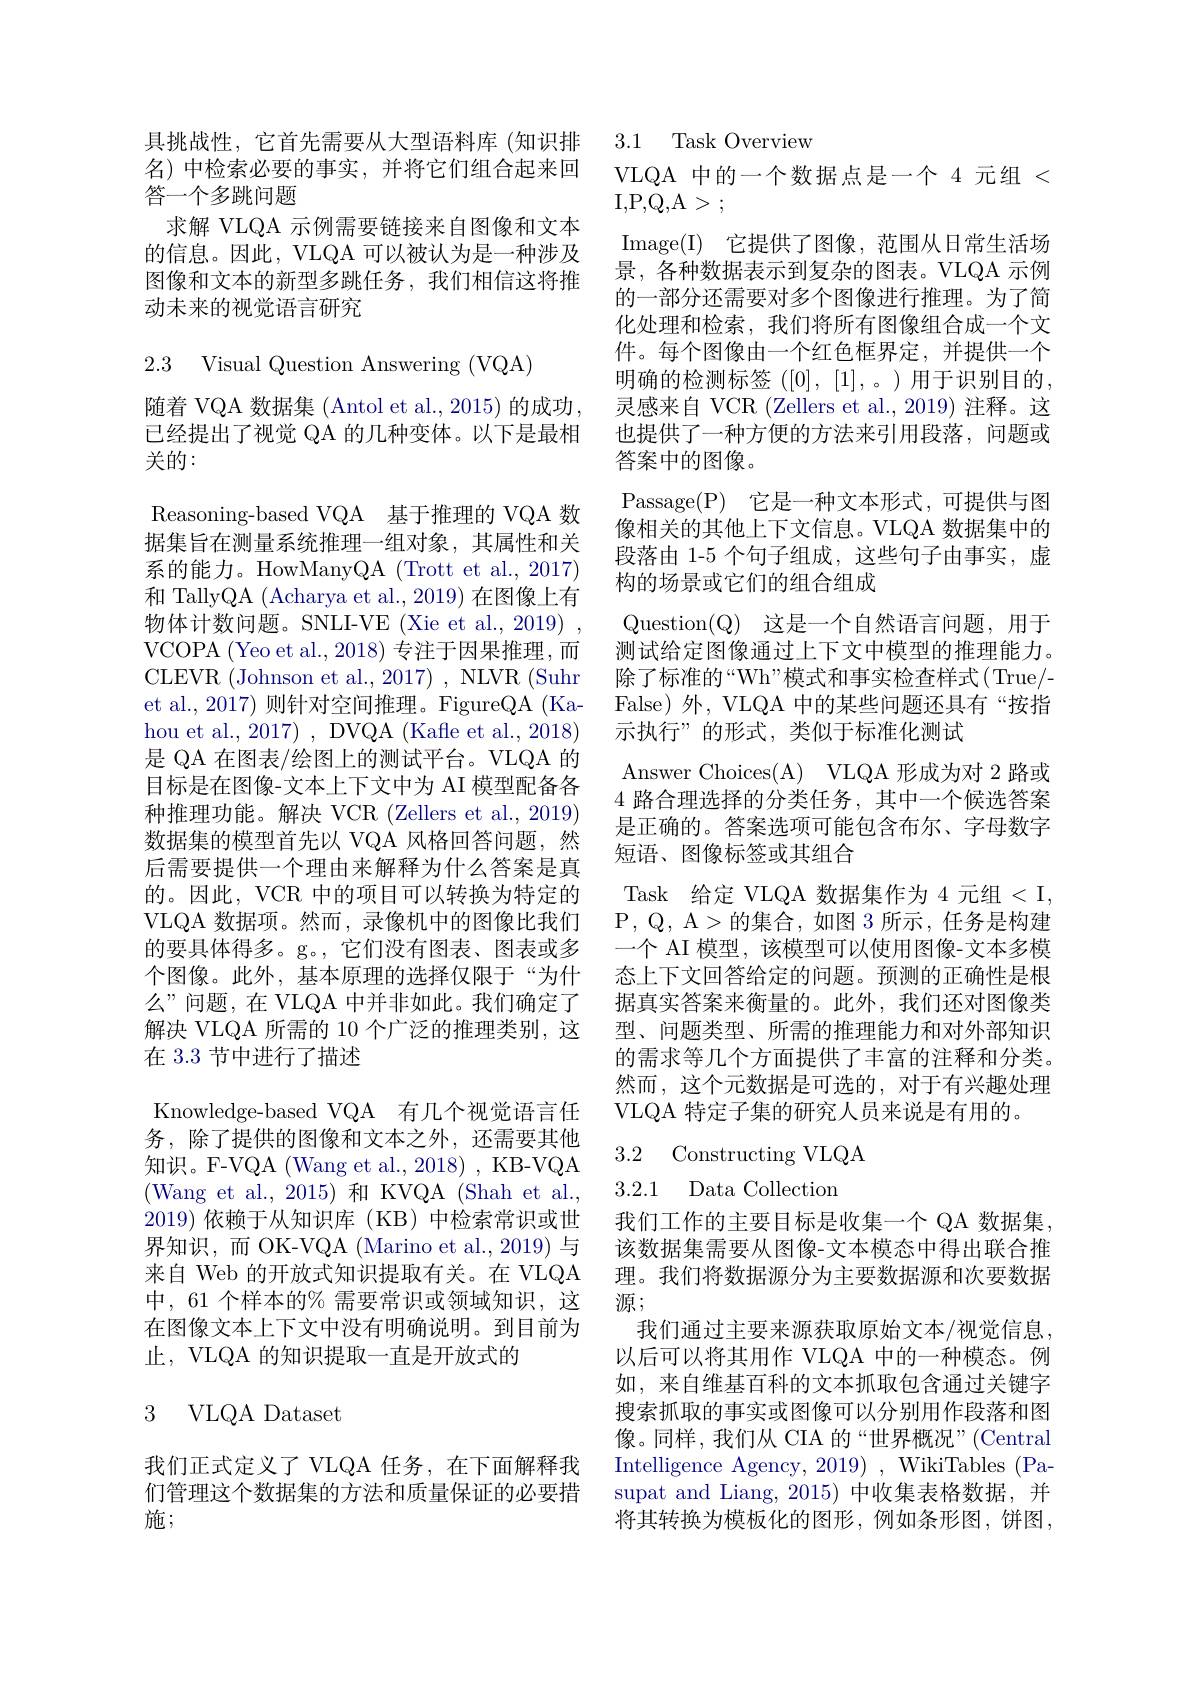
具挑战性，它首先需要从大型语料库(知识排名)中检索必要的事实，并将它们组合起来回答一个多跳问题
求解 VLQA 示例需要链接来自图像和文本的信息。因此，VLQA 可以被认为是一种涉及图像和文本的新型多跳任务，我们相信这将推动未来的视觉语言研究

2.3 Visual Question Answering (VQA)

随着 VQA 数据集 (Antol et al., 2015) 的成功， 已经提出了视觉 QA 的几种变体。以下是最相关的：

Reasoning-based VQA 基于推理的 VQA 数据集旨在测量系统推理一组对象，其属性和关系的能力。HowManyQA (Trott et al., 2017) 和 TallyQA (Acharya et al., 2019) 在图像上有物体计数问题。SNLI-VE (Xie et al., 2019) VCOPA (Yeo et al., 2018) 专注于因果推理，而CLEVR (Johnson et al., 2017) , NLVR (Suhr et al., 2017) 则针对空间推理。FigureQA (Kahou et al., 2017) , DVQA (Kafle et al., 2018) 是 QA 在图表/绘图上的测试平台。VLQA 的目标是在图像-文本上下文中为 AI 模型配备各种推理功能。解决 VCR (Zellers et al., 2019) 数据集的模型首先以 VQA 风格回答问题，然后需要提供一个理由来解释为什么答案是真的。因此，VCR 中的项目可以转换为特定的VLQA 数据项。然而，录像机中的图像比我们的要具体得多。g。,它们没有图表、图表或多个图像。此外，基本原理的选择仅限于“为什么”问题，在 VLQA 中并非如此。我们确定了解决 VLQA 所需的 10 个广泛的推理类别，这在 3.3 节中进行了描述
Knowledge-based VQA 有几个视觉语言任务，除了提供的图像和文本之外，还需要其他知识。F-VQA (Wang et al., 2018) , KB-VQA (Wang et al., 2015)和 KVQA (Shah et al., 2019)依赖于从知识库(KB)中检索常识或世界知识，而 OK-VQA (Marino et al., 2019) 与来自 Web 的开放式知识提取有关。在 VLQA 中，61 个样本的% 需要常识或领域知识，这在图像文本上下文中没有明确说明。到目前为止，VLQA 的知识提取一直是开放式的
3 VLQA Dataset

我们正式定义了 VLQA 任务，在下面解释我们管理这个数据集的方法和质量保证的必要措施；

## 3.1 Task Overview

VLQA 中的一个数据点是一个 4 元组<
I, P, Q, A> ;
Image( I) 它提供了图像，范围从日常生活场景，各种数据表示到复杂的图表。VLQA 示例的一部分还需要对多个图像进行推理。为了简化处理和检索，我们将所有图像组合成一个文件。每个图像由一个红色框界定，并提供一个明确的检测标签([0],[1],。)用于识别目的， 灵感来自 VCR (Zellers et al., 2019) 注释。这也提供了一种方便的方法来引用段落，问题或答案中的图像。
Passage(P) 它是一种文本形式，可提供与图像相关的其他上下文信息。VLQA 数据集中的段落由 1-5 个句子组成，这些句子由事实，虚构的场景或它们的组合组成
Question$( \mathbb{Q} )$ 这是一个自然语言问题，用于测试给定图像通过上下文中模型的推理能力。除了标准的“Wh”模式和事实检查样式(True/- False) 外，VLQA 中的某些问题还具有“按指示执行”的形式，类似于标准化测试
Answer Choices(A) VLQA 形成为对 2 路或4路合理选择的分类任务，其中一个候选答案是正确的。答案选项可能包含布尔、字母数字短语、图像标签或其组合
Task 给定 VLQA 数据集作为 4 元组<I, P, Q, A> 的 集 合 , 如 图 3所 示 , 任 务 是 构 建 一个 AI 模型，该模型可以使用图像-文本多模态上下文回答给定的问题。预测的正确性是根据真实答案来衡量的。此外，我们还对图像类型、问题类型、所需的推理能力和对外部知识的需求等几个方面提供了丰富的注释和分类。然而，这个元数据是可选的，对于有兴趣处理VLQA 特定子集的研究人员来说是有用的。

## 3.2 Constructing VLQA 3.2.1 Data Collection

我们工作的主要目标是收集一个 QA 数据集。该数据集需要从图像-文本模态中得出联合推理。我们将数据源分为主要数据源和次要数据源；
我们通过主要来源获取原始文本/视觉信息， 以后可以将其用作 VLQA 中的一种模态。例如，来自维基百科的文本抓取包含通过关键字搜索抓取的事实或图像可以分别用作段落和图像。同样，我们从 CIA 的“世界概况”(Central Intelligence Agency, 2019) , WikiTables (Pasupat and Liang, 2015) 中收集表格数据，并将其转换为模板化的图形，例如条形图，饼图，